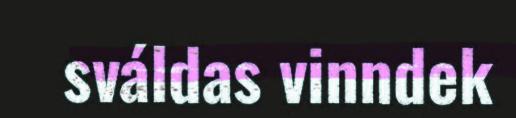
sváldas vinndek